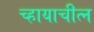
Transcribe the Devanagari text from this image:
च्हायाचीत्न